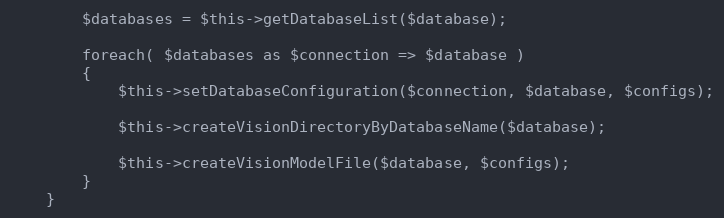
Language: PHP
        $databases = $this->getDatabaseList($database);

        foreach( $databases as $connection => $database )
        {
            $this->setDatabaseConfiguration($connection, $database, $configs);

            $this->createVisionDirectoryByDatabaseName($database);

            $this->createVisionModelFile($database, $configs);
        }
    }